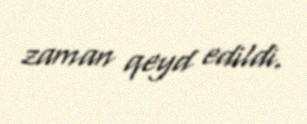
zaman qeyd edildi.